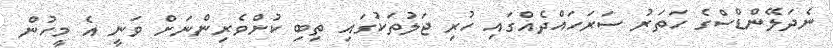
ނެދަލޭންޑްސްގެ ހަތަރު ސަރަހައްދެއްގައި ހުރި ޖަލުތަކުގައި ތިބި ކުށްވެރިންނަށް ވަނީ އެ މީހުން